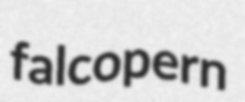
falcopern